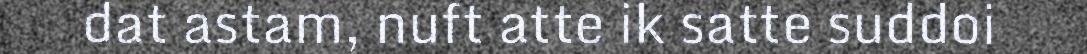
dat astam, nuft atte ik satte suddoi